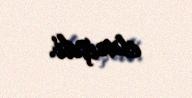
etmişdi.